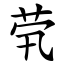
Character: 茕